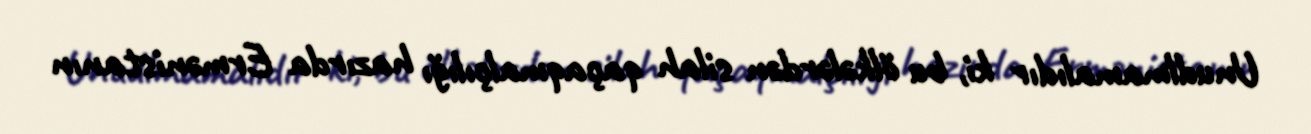
Unudlmamalıdır ki, bu ölkələrdən silah qaçaqmalçılığı hazırda Ermənistanın